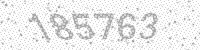
Solution: 185763